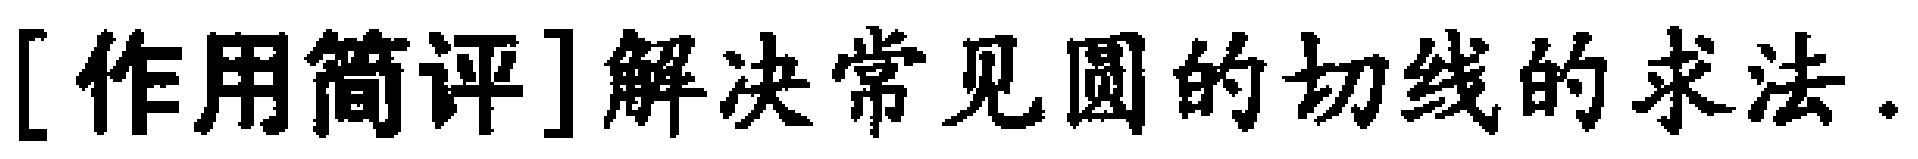
[作用简评]解决常见圆的切线的求法.